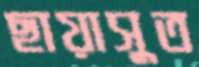
ছায়াসুত